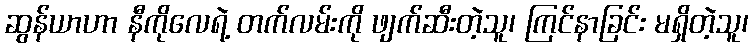
ဆွန်ယာဟာ နီကိုလေရဲ့ တက်လမ်းကို ဖျက်ဆီးတဲ့သူ၊ ကြင်နာခြင်း မရှိတဲ့သူ၊